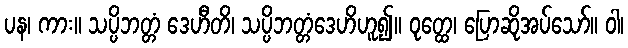
ပန၊ ကား။ သပ္ပိဘတ္တံ ဒေဟီတိ၊ သပ္ပိဘတ္တံဒေဟိဟူ၍။ ဝုတ္ထေ၊ ပြောဆိုအပ်သော်။ ဝါ၊